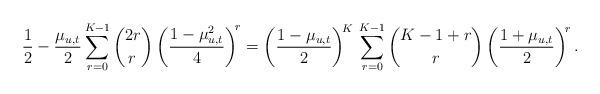
LaTeX: \begin{align*} \frac{1}{2} - \frac{\mu_{u, t}}{2} \sum_{r = 0}^{K - 1} \binom{2 r}{\!r} \left(\frac{1 - \mu_{u, t}^2}{4}\right)^{\!r} = \left(\frac{1 - \mu_{u, t}}{2}\right)^{\!K} \, \sum_{r = 0}^{K - 1} \binom{K - 1 + r}{r} \left(\frac{1 + \mu_{u, t}}{2}\right)^{\!r}.\end{align*}